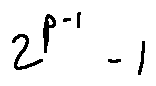
2 ^ { p - 1 } - 1